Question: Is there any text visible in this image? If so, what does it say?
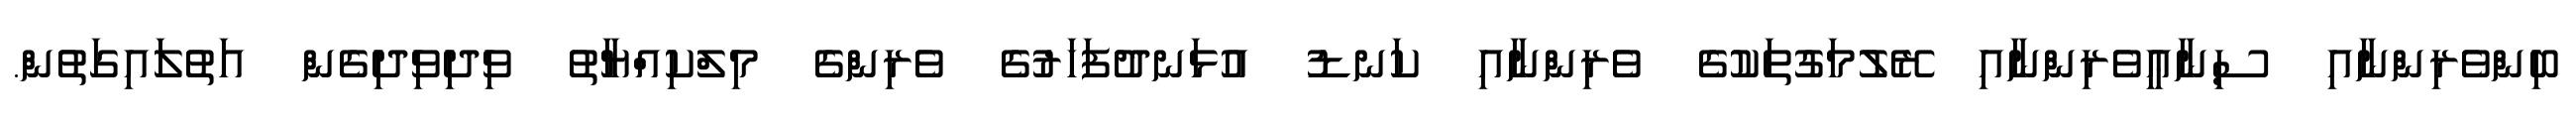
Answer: ބިންވެރިންނާއި ސިނާޢީވެރިންނާއި ރޭލުމަގުތަކުގެ ވެރިންނާއި ކަނޑު އުޅަނދުފަހަރުގެ ވެރިންގެ މިލްކިއްޔާތު ވިދިވިދިގެން އަތުލައިގަތުން.